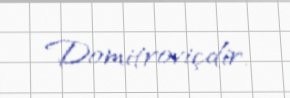
Domitroviçdir.